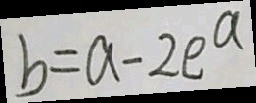
b = a - 2 e ^ { a }